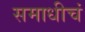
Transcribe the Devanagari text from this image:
समाधीचं